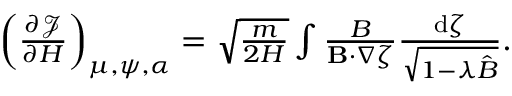
\begin{array} { r } { \left( \frac { \partial \mathcal { J } } { \partial H } \right) _ { \mu , \psi , \alpha } = \sqrt { \frac { m } { 2 H } } \int \frac { B } { \mathbf { B } \cdot \nabla \zeta } \frac { \mathrm { d } \zeta } { \sqrt { 1 - \lambda \hat { B } } } . } \end{array}